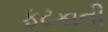
ફટકાની